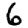
Digit: 6